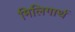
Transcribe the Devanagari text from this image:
मिलिगार्थ